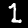
Digit: 1